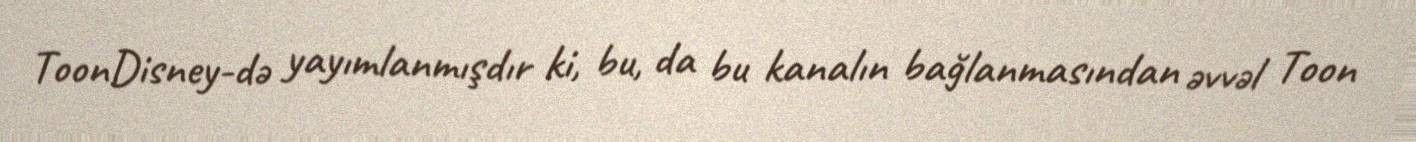
ToonDisney-də yayımlanmışdır ki, bu, da bu kanalın bağlanmasından əvvəl Toon